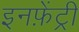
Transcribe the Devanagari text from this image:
इनफ़ेंट्री